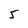
Character: 5